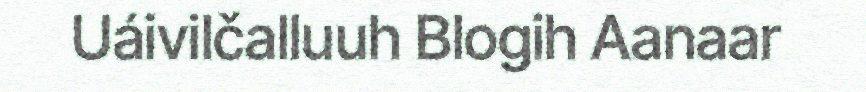
Uáivilčalluuh Blogih Aanaar